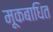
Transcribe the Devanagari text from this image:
मूकबाधित